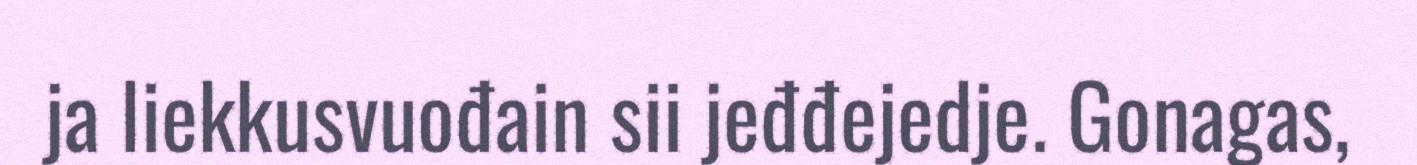
ja liekkusvuođain sii jeđđejedje. Gonagas,